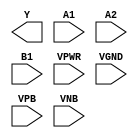
module sky130_fd_sc_hdll__o21ai (
    Y   ,
    A1  ,
    A2  ,
    B1  ,
    VPWR,
    VGND,
    VPB ,
    VNB
);

    output Y   ;
    input  A1  ;
    input  A2  ;
    input  B1  ;
    input  VPWR;
    input  VGND;
    input  VPB ;
    input  VNB ;
endmodule